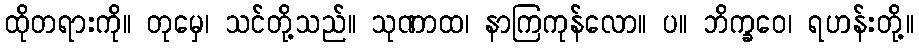
ထိုတရားကို။ တုမှေ၊ သင်တို့သည်။ သုဏာထ၊ နာကြကုန်လော။ ပ။ ဘိက္ခဝေ၊ ရဟန်းတို့။